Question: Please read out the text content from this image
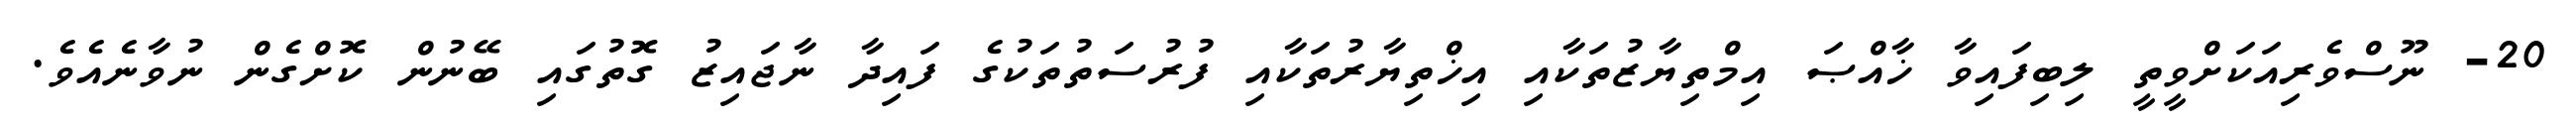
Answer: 20- ނޫސްވެރިއަކަށްވީތީ ލިބިފައިވާ ޚާއްޞަ އިމްތިޔާޒުތަކާއި އިޚްތިޔާރުތަކާއި ފުރުސަތުތަކުގެ ފައިދާ ނާޖައިޒު ގޮތުގައި ބޭނުން ކޮށްގެން ނުވާނެއެވެ.